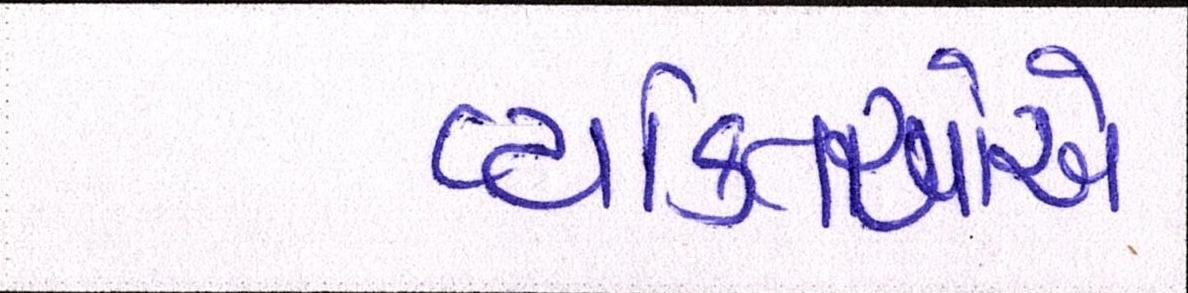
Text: વ્યક્તિઓએ